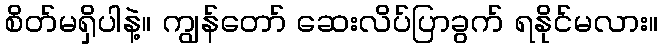
စိတ်မရှိပါနဲ့။ ကျွန်တော် ဆေးလိပ်ပြာခွက် ရနိုင်မလား။